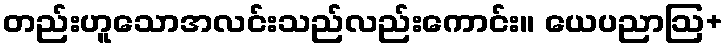
တည်းဟူသောအလင်းသည်လည်းကောင်း။ ယေပညာဩ+